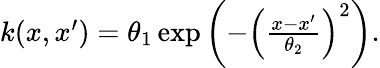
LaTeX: \begin{array}{r}{k(x,x^{\prime})=\theta_{1}\exp\left(-\left(\frac{x-x^{\prime}}{\theta_{2}}\right)^{2}\right).}\end{array}